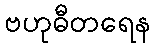
ဗဟုဓီတရေန